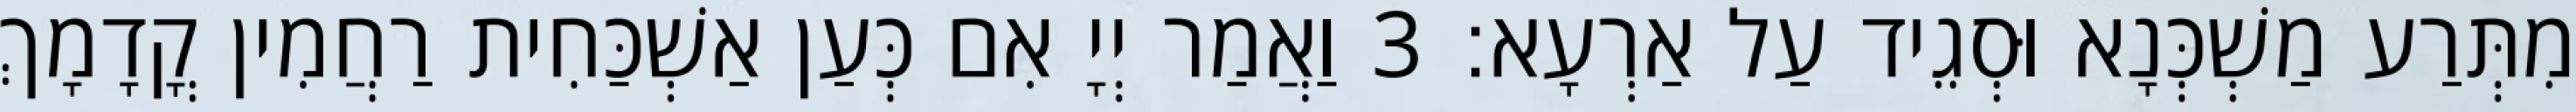
מִתְּרַע מַשְׁכְּנָא וּסְגֵיד עַל אַרְעָא׃ 3 וַאֲמַר יְיָ אִם כְּעַן אַשְׁכַּחִית רַחֲמִין קֳדָמָךְ